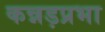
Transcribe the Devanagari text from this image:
कन्नड़प्रभा